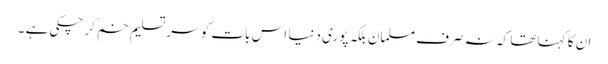
ان کا کہنا تھا کہ نہ صرف مسلمان بلکہ پوری دنیا اس بات کو سر تسلیم خم کر چکی ہے ۔